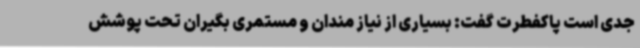
جدی است پاکفطرت گفت: بسیاری از نیاز مندان و مستمری بگیران تحت پوشش